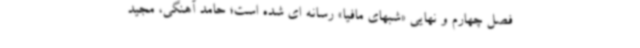
فصل چهارم و نهایی «شبهای مافیا» رسانه ای شده است؛ حامد آهنگی، مجید